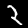
Digit: 2